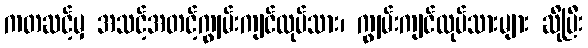
ကတဆင့်မှ အသင့်အတင့်ကျွမ်းကျင်လုပ်သား၊ ကျွမ်းကျင်လုပ်သားများ ဆိုပြီး